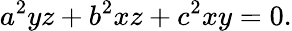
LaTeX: a^{2}yz+b^{2}xz+c^{2}xy=0.